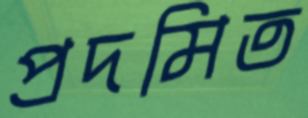
প্রদমিত